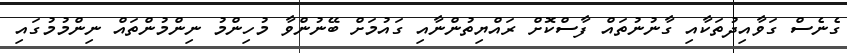
ގެނެސް ގަވާއިދުތަކާއި ގާނުނުތައް ފާސްކޮށް ރައްޔިތުންނާއި ގައުމަށް ބޭނުންވާ މުހިންމު ނިންމުންތައް ނިންމުމުގައި